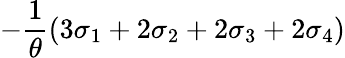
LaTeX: -\frac{1}{\theta}\left(3\sigma_{1}+2\sigma_{2}+2\sigma_{3}+2\sigma_{4}\right)